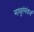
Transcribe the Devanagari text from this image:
माथुरंमंडलं